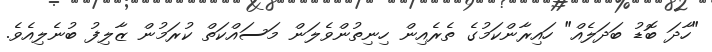
"ހާދަ ބޮޑު ބަދަލެއް" ހައިރާންކަމުގެ ތެރެއިން ހިނިތުންވެލަން މަސައްކަތް ކުރަމުން ޒާލިފު ބުނެލިއެވެ.